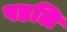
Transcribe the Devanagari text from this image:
पडलि